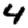
Digit: 4